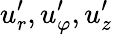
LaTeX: u_{r}^{\prime},u_{\varphi}^{\prime},u_{z}^{\prime}